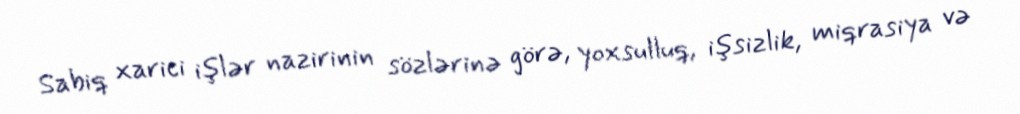
Sabiq xarici işlər nazirinin sözlərinə görə, yoxsulluq, işsizlik, miqrasiya və